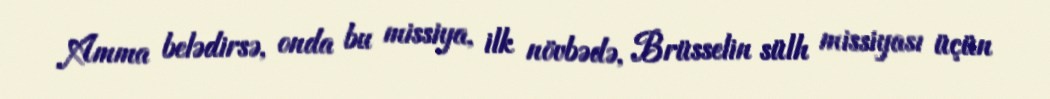
Amma belədirsə, onda bu missiya, ilk növbədə, Brüsselin sülh missiyası üçün